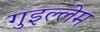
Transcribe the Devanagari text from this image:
गुइल्लेम